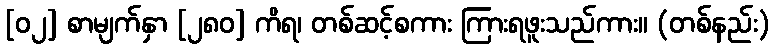
[၀၂] စာမျက်နှာ [၂၈၀] ကိရ၊ တစ်ဆင့်စကား ကြားရဖူးသည်ကား။ (တစ်နည်း)